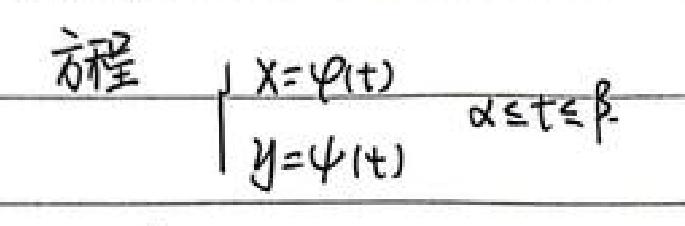
方程
\[
\begin{cases}
x = \varphi(t) \\
y = \psi(t)
\end{cases}
\quad \alpha \leq t \leq \beta
\]